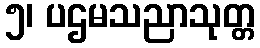
၅၊ ပဌမသညာသုတ္တ